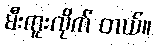
မီးကူးလိုက် တယ်။